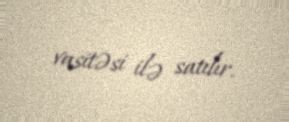
vasitəsi ilə satılır.